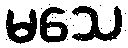
မသေ